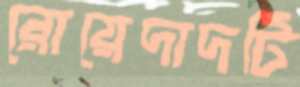
রোয়েদাদটি